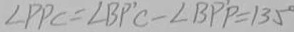
\angle P P C = \angle B P ^ { \prime } C - \angle B P ^ { \prime } P = 1 3 5 ^ { \circ }